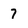
Character: 7